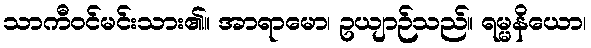
သာကီဝင်မင်းသား၏။ အာရာမော၊ ဥယျာဉ်သည်။ ရမ္မနိယော၊